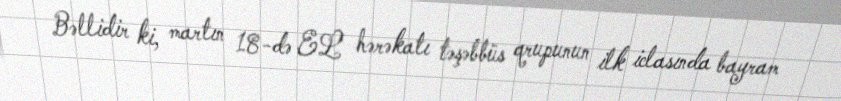
Bəllidir ki, martın 18-də EL hərəkatı təşəbbüs qrupunun ilk iclasında bayram